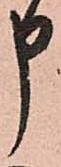
申